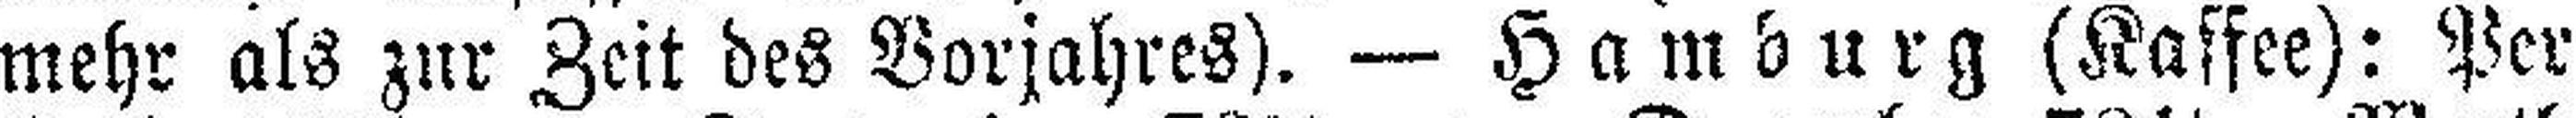
mehr als zur Zeit des Vorjahres). — Hamburg (Kaffee): Per